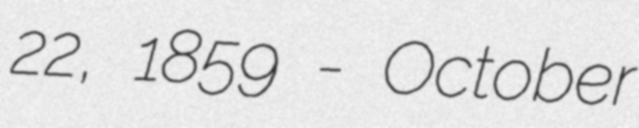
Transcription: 22, 1859 - October